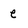
Character: e